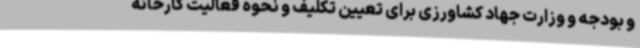
و بودجه و وزارت جهاد کشاورزی برای تعیین تکلیف و نحوه فعالیت کارخانه